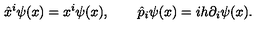
\hat { x } ^ { i } \psi ( x ) = x ^ { i } \psi ( x ) , \qquad \hat { p } _ { i } \psi ( x ) = i h \partial _ { i } \psi ( x ) .